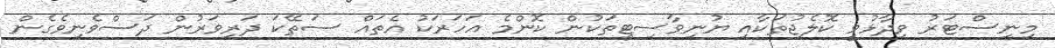
މިނިސްޓަރު ވިދާޅުވީ ކޮލެޖުތަކާއި ޔުނިވާސިޓީތަކުން ކޮންމެ އަހަރަކު އެތައް ސަތޭކަ ދަރިވަރުން ދަސްވެނިވެގެން